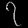
Digit: ၇